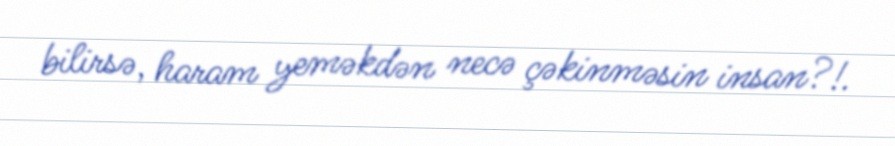
bilirsə, haram yeməkdən necə çəkinməsin insan?!.